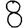
Digit: 8